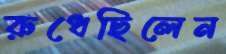
রুধেছিলেন